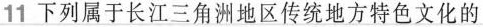
11下列属于长江三角洲地区传统地方特色文化的